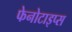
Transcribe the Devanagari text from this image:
फेनोटाइप्स